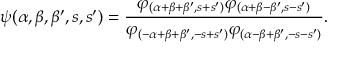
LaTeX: \psi ( \alpha , \beta , \beta ^ { \prime } , s , s ^ { \prime } ) = \frac { \varphi _ { ( \alpha + \beta + \beta ^ { \prime } , s + s ^ { \prime } ) } \varphi _ { ( \alpha + \beta - \beta ^ { \prime } , s - s ^ { \prime } ) } } { \varphi _ { ( - \alpha + \beta + \beta ^ { \prime } , - s + s ^ { \prime } ) } \varphi _ { ( \alpha - \beta + \beta ^ { \prime } , - s - s ^ { \prime } ) } } .